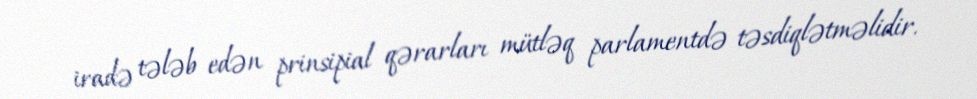
iradə tələb edən prinsipial qərarları mütləq parlamentdə təsdiqlətməlidir.